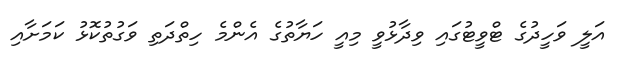
އަލީ ވަހީދުގެ ޓްވީޓުގައި ވިދާޅުވީ މިއީ ހަޔާތުގެ އެންމެ ހިތްދަތި ވަގުތުކޮޅު ކަމަށާއި